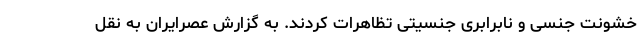
خشونت جنسی و نابرابری جنسیتی تظاهرات کردند. به گزارش عصرایران به نقل